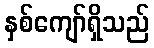
နှစ်ကျော်ရှိသည်